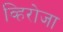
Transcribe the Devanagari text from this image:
व्हिरोजा